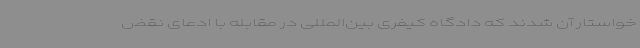
خواستار آن شدند که دادگاه کیفری بین‌المللی در مقابله با ادعای نقض